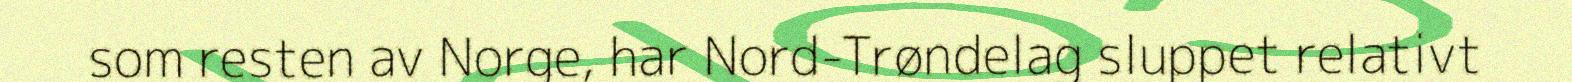
som resten av Norge, har Nord-Trøndelag sluppet relativt